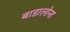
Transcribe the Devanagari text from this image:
बाडालोना